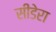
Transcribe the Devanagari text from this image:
सीडेरा